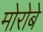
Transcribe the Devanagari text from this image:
मोरोबे